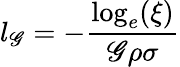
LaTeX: l_{\mathscr{G}}=-\frac{{\log_{e}(\xi)}}{{\mathscr{G}\rho\sigma}}